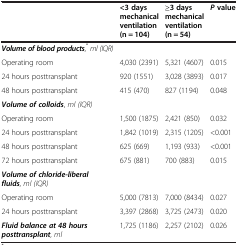
<table><thead><tr><td></td><td><b>&lt;3 days mechanical ventilation (n = 104)</b></td><td><b>≥3 days mechanical ventilation (n = 54)</b></td><td><b><i>P</i>value</b></td></tr></thead><tbody><tr><td><b><i>Volume of blood products</i></b>,<sup><i>*</i></sup><i>ml (IQR)</i></td><td></td><td></td><td></td></tr><tr><td>Operating room</td><td>4,030 (2391)</td><td>5,321 (4607)</td><td>0.015</td></tr><tr><td>24 hours posttransplant</td><td>920 (1551)</td><td>3,028 (3893)</td><td>0.017</td></tr><tr><td>48 hours posttransplant</td><td>415 (470)</td><td>827 (1194)</td><td>0.048</td></tr><tr><td><b><i>Volume of colloids</i></b>, <i>ml (IQR)</i></td><td></td><td></td><td></td></tr><tr><td>Operating room</td><td>1,500 (1875)</td><td>2,421 (850)</td><td>0.032</td></tr><tr><td>24 hours posttransplant</td><td>1,842 (1019)</td><td>2,315 (1205)</td><td>&lt;0.001</td></tr><tr><td>48 hours posttransplant</td><td>625 (669)</td><td>1,193 (933)</td><td>&lt;0.001</td></tr><tr><td>72 hours posttransplant</td><td>675 (881)</td><td>700 (883)</td><td>0.015</td></tr><tr><td><b><i>Volume of chloride-liberal fluids</i></b>, <i>ml (IQR)</i></td><td></td><td></td><td></td></tr><tr><td>Operating room</td><td>5,000 (7813)</td><td>7,000 (8434)</td><td>0.027</td></tr><tr><td>24 hours posttransplant</td><td>3,397 (2868)</td><td>3,725 (2473)</td><td>0.020</td></tr><tr><td><b><i>Fluid balance at 48 hours posttransplant</i></b>, <i>ml</i></td><td>1,725 (1186)</td><td>2,257 (2102)</td><td>0.026</td></tr></tbody></table>